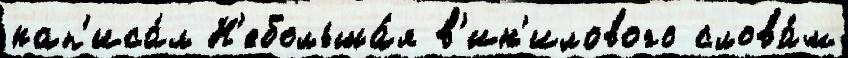
нап'иса́л Н'ебольша́я в'ин'илового слова́м